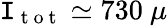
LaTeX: \mathtt{I}_{\mathrm{{~t~o~t~}}}\simeq730~\mu